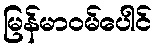
မြန်မာဝမ်ပေါင်